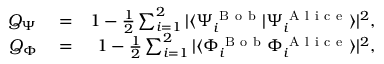
\begin{array} { r l r } { Q _ { \Psi } } & { { } = } & { 1 - \frac { 1 } { 2 } \sum _ { i = 1 } ^ { 2 } | \langle { \Psi _ { i } ^ { \mathrm { ~ B ~ o ~ b ~ } } } | { \Psi _ { i } ^ { \mathrm { ~ A ~ l ~ i ~ c ~ e ~ } } } \rangle | ^ { 2 } , } \\ { Q _ { \Phi } } & { { } = } & { 1 - \frac { 1 } { 2 } \sum _ { i = 1 } ^ { 2 } | \langle { \Phi _ { i } ^ { \mathrm { ~ B ~ o ~ b ~ } } } { \Phi _ { i } ^ { \mathrm { ~ A ~ l ~ i ~ c ~ e ~ } } } \rangle | ^ { 2 } , } \end{array}